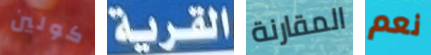
كولين القرية المقارنة نعم